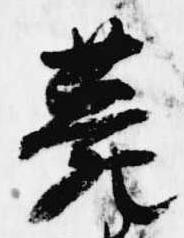
薨